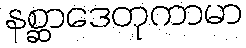
နစ္ဆာဒေတုကာမာ